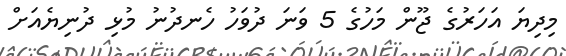
މިދިޔަ އަހަރުގެ ޖޫން މަހުގެ 5 ވަނަ ދުވަހު ހެނދުނު މުޅި ދުނިޔެއަށް